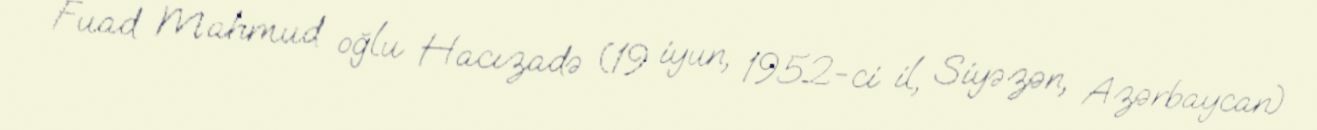
Fuad Mahmud oğlu Hacızadə (19 iyun, 1952-ci il, Siyəzən, Azərbaycan)